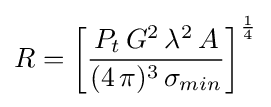
R=\left[{\frac {P_{t}\,G^{2}\,\lambda ^{2}\,A}{(4\,\pi )^{3}\,\sigma _{min}}}\right]^{1 \over 4}\,\!